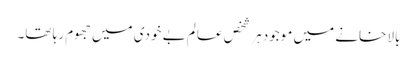
بالا خانے میں موجود ہر شخص عالم بے خودی میں جھوم رہا تھا۔